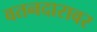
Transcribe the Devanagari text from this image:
वतनदारावर